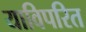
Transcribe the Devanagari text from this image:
याविपरित